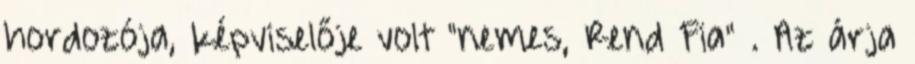
hordozója, képviselője volt "nemes, Rend Fia" . Az árja